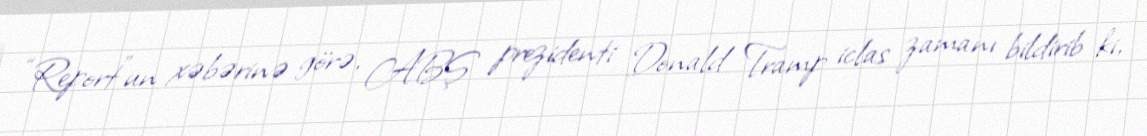
“Report”un xəbərinə görə, ABŞ prezidenti Donald Tramp iclas zamanı bildirib ki,